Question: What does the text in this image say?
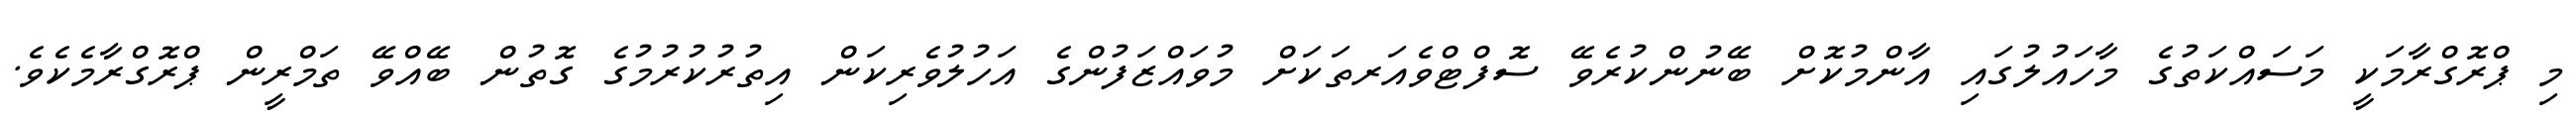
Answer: މި ޕްރޮގްރާމަކީ މަސައްކަތުގެ މާހައުލުގައި އާންމުކޮށް ބޭނުންކުރެވޭ ސޮފްޓްވެއަރތަކަށް މުވައްޒަފުންގެ އަހުލުވެރިކަން އިތުރުކުރުމުގެ ގޮތުން ބޭއްވޭ ތަމްރީން ޕްރޮގްރާމެކެވެ.